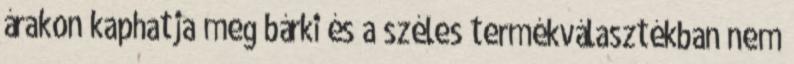
árakon kaphatja meg bárki és a széles termékválasztékban nem